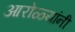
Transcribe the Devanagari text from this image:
आरोळ्यांनी